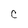
Character: C